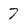
Character: 7